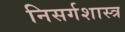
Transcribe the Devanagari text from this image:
निसर्गशास्त्र